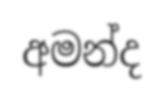
අමන්ද